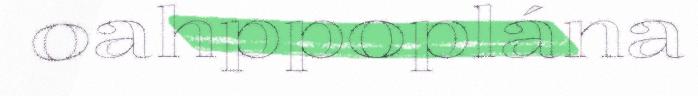
oahppoplána